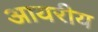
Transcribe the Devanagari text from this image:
आयरीय